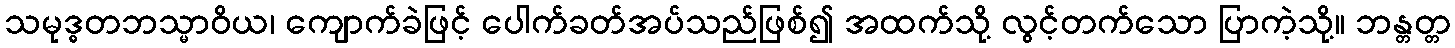
သမုဒ္ဓတဘသ္မာဝိယ၊ ကျောက်ခဲဖြင့် ပေါက်ခတ်အပ်သည်ဖြစ်၍ အထက်သို့ လွင့်တက်သော ပြာကဲ့သို့။ ဘန္တတ္တ